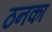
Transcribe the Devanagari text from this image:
ठनका